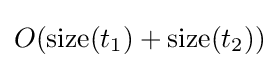
O({\text{size}}(t_{1})+{\text{size}}(t_{2}))